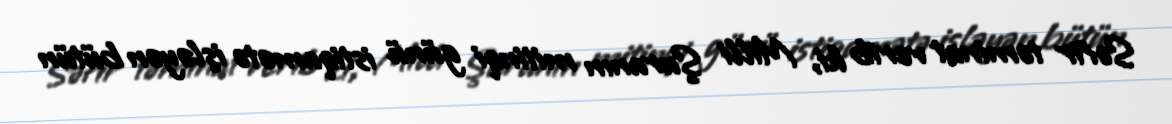
Səfir təminat verib ki, Milli Şuranın mitinqi günü istiqamətə işləyən bütün